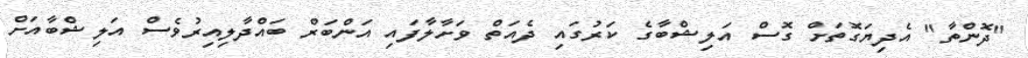
"ދޮންތާ" އެދިޔަގޮތަށް ގޮސް އަލިޝްބާގެ ކަރުގައި ދެއަތް ވަށާލާފައި އަންބަރް ބައްދާލިއިރުވެސް އަލިޝްބާއަށް